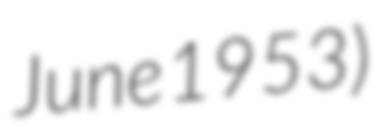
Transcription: June 1953)